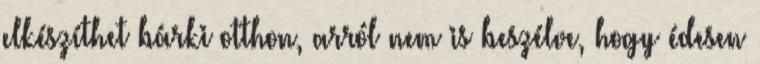
elkészíthet bárki otthon, arról nem is beszélve, hogy édesen